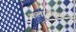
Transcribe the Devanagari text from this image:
कलारीएक